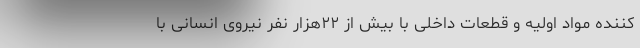
کننده مواد اولیه و قطعات داخلی با بیش از ٢٢هزار نفر نیروی انسانی با